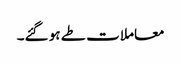
معاملات طے ہو گئے۔